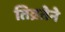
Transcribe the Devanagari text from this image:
तिव्रतेने